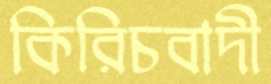
কিরিচবাদী